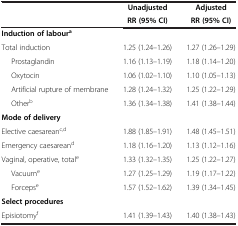
| <ROWSPAN=2>  | Unadjusted | Adjusted |
 | RR (95% CI) | RR (95% CI) |
 | --- | --- | --- |
 | Induction of laboura |  |  |
 | Total induction | 1.25 (1.24–1.26) | 1.27 (1.26–1.29) |
 | Prostaglandin | 1.16 (1.13–1.19) | 1.18 (1.14–1.20) |
 | Oxytocin | 1.06 (1.02–1.10) | 1.10 (1.05–1.13) |
 | Artificial rupture of membrane | 1.28 (1.24–1.32) | 1.25 (1.22–1.29) |
 | Otherb | 1.36 (1.34–1.38) | 1.41 (1.38–1.44) |
 | Mode of delivery |  |  |
 | Elective caesareanc,d | 1.88 (1.85–1.91) | 1.48 (1.45–1.51) |
 | Emergency caesareand | 1.18 (1.16–1.20) | 1.13 (1.12–1.16) |
 | Vaginal, operative, totale | 1.33 (1.32–1.35) | 1.25 (1.22–1.27) |
 | Vacuume | 1.27 (1.25–1.29) | 1.19 (1.17–1.22) |
 | Forcepse | 1.57 (1.52–1.62) | 1.39 (1.34–1.45) |
 | Select procedures |  |  |
 | Episiotomyf | 1.41 (1.39–1.43) | 1.40 (1.38–1.43) |